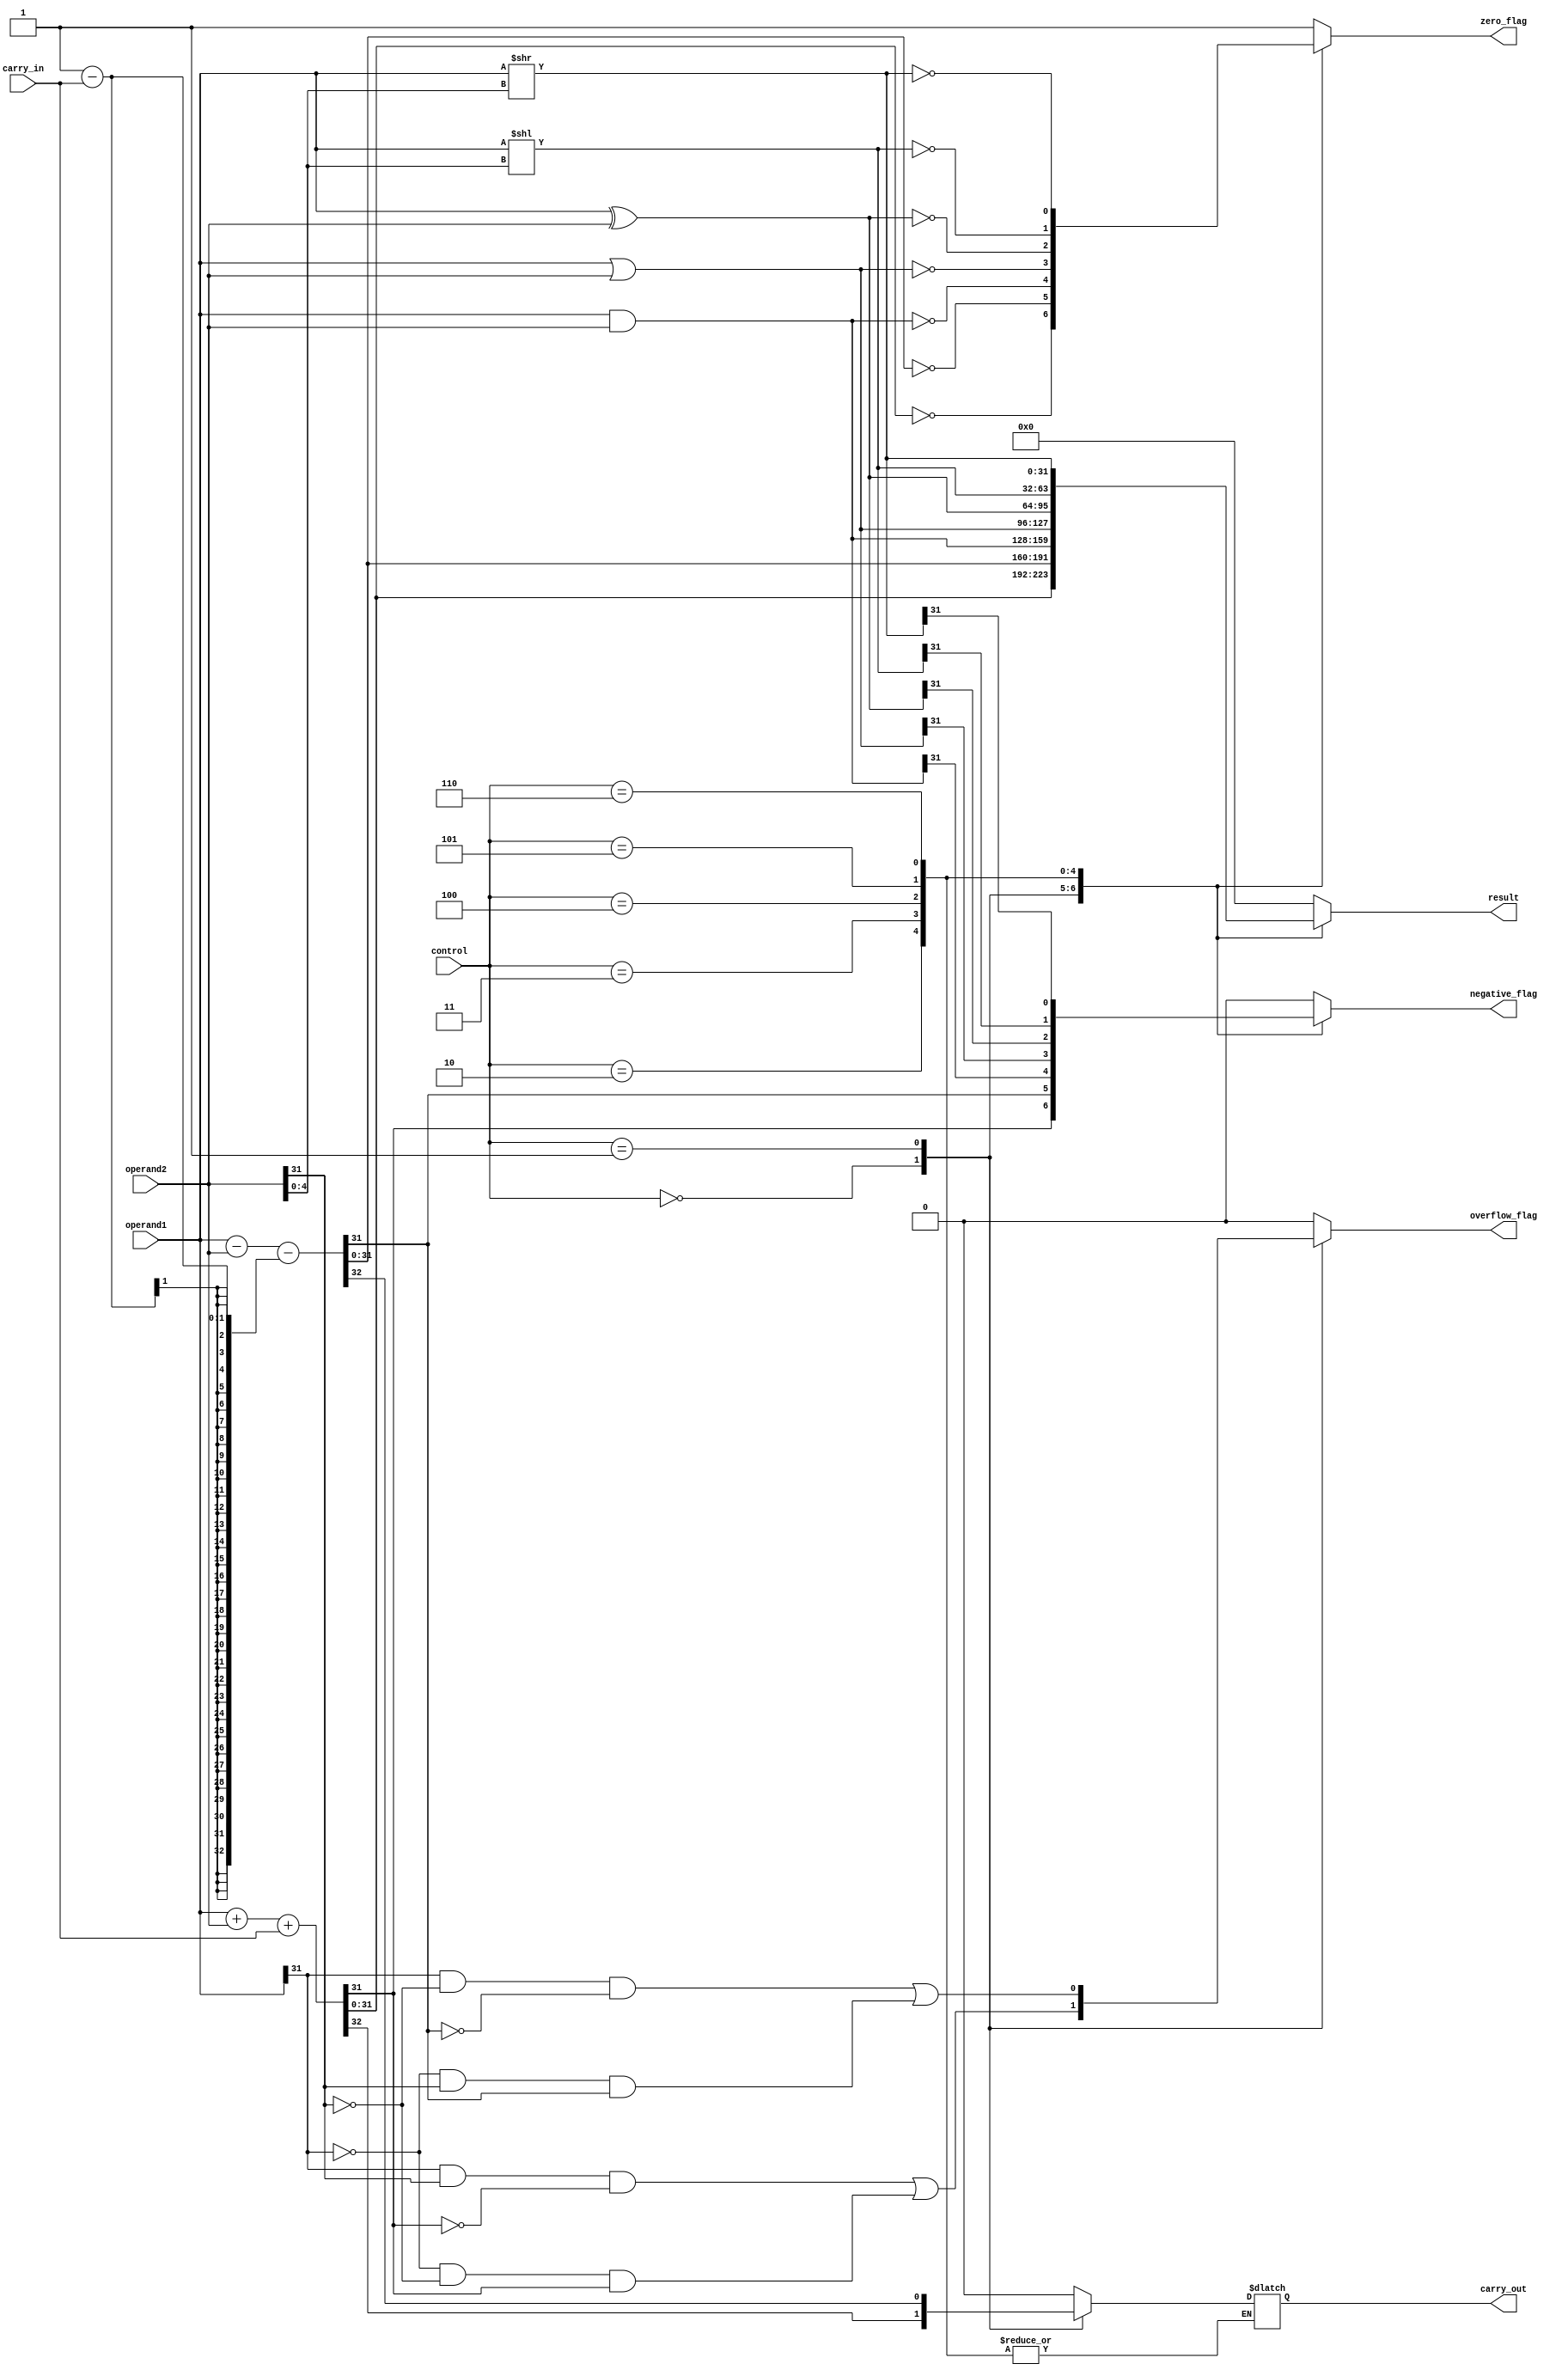
module ALU(
    input [31:0] operand1,
    input [31:0] operand2,
    input [2:0] control, // control signal for selecting operation
    input carry_in,
    output reg [31:0] result,
    output reg carry_out,
    output reg zero_flag,
    output reg negative_flag,
    output reg overflow_flag
);

always @(*)
begin
    case(control)
        3'b000: begin // addition
            {carry_out, result} = operand1 + operand2 + carry_in;
            zero_flag = (result == 0);
            negative_flag = (result[31]);
            overflow_flag = (operand1[31] & operand2[31] & ~result[31]) | (~operand1[31] & ~operand2[31] & result[31]);
        end
        3'b001: begin // subtraction
            {carry_out, result} = operand1 - operand2 - (1 - carry_in);
            zero_flag = (result == 0);
            negative_flag = (result[31]);
            overflow_flag = (operand1[31] & ~operand2[31] & ~result[31]) | (~operand1[31] & operand2[31] & result[31]);
        end
        3'b010: begin // bitwise AND
            result = operand1 & operand2;
            zero_flag = (result == 0);
            negative_flag = (result[31]);
            overflow_flag = 1'b0;
        end
        3'b011: begin // bitwise OR
            result = operand1 | operand2;
            zero_flag = (result == 0);
            negative_flag = (result[31]);
            overflow_flag = 1'b0;
        end
        3'b100: begin // bitwise XOR
            result = operand1 ^ operand2;
            zero_flag = (result == 0);
            negative_flag = (result[31]);
            overflow_flag = 1'b0;
        end
        3'b101: begin // shift left
            result = operand1 << operand2[4:0];
            zero_flag = (result == 0);
            negative_flag = (result[31]);
            overflow_flag = 1'b0;
        end
        3'b110: begin // shift right
            result = operand1 >> operand2[4:0];
            zero_flag = (result == 0);
            negative_flag = (result[31]);
            overflow_flag = 1'b0;
        end
        default: begin
            result = 32'b0;
            carry_out = 1'b0;
            zero_flag = 1'b1;
            negative_flag = 1'b0;
            overflow_flag = 1'b0;
        end
    endcase
end

endmodule